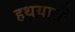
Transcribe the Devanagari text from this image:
हथयानी